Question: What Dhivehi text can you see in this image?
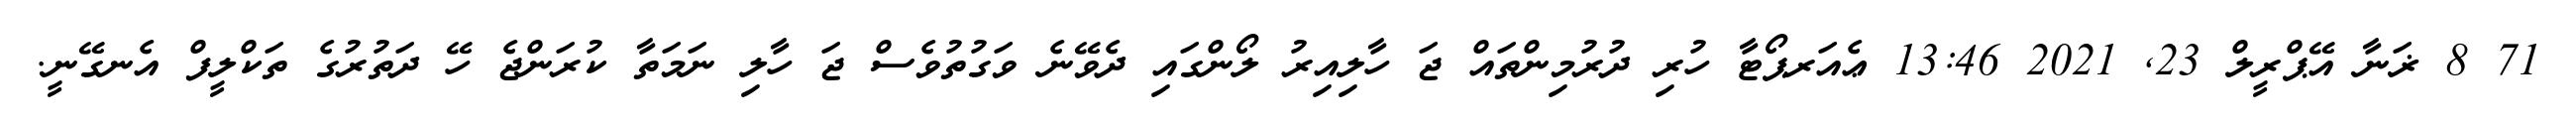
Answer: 71 8 ޜަނާ އޭޕްރީލް 23, 2021 13:46 ޢެއަރޕޯޓާ ހުރި ދުރުމިންތައް ޖަ ހާލިއިރު ލޯންގައި ދެވޭނެ ވަގުތުވެސް ޖަ ހާލި ނަމަތާ ކުރަންޖެ ހޭ ދަތުރުގެ ތަކްލީފް އެނގޭނީ.